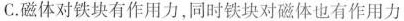
C.磁体对铁块有作用力，同时铁块对磁体也有作用力